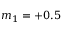
m _ { 1 } = + 0 . 5